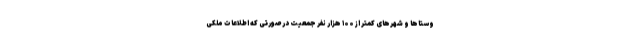
وستاها و شهرهای کمتر از ۱۰۰ هزار نفر جمعیت در صورتی که اطلاعات ملکی